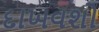
દાખવશો